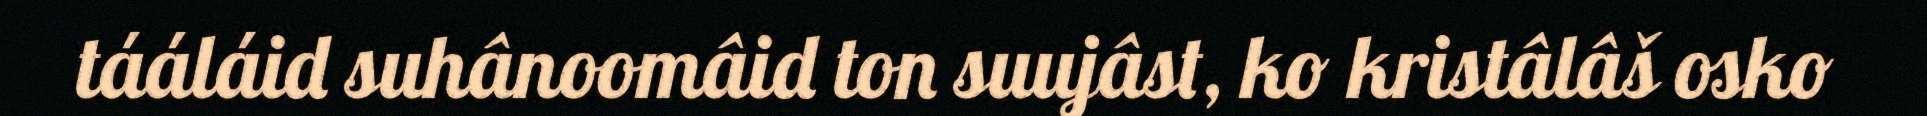
tááláid suhânoomâid ton suujâst, ko kristâlâš osko